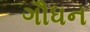
ગૌધન